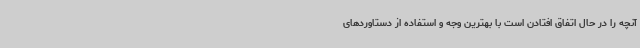
آنچه را در حال اتفاق افتادن است با بهترین وجه و استفاده از دستاوردهای